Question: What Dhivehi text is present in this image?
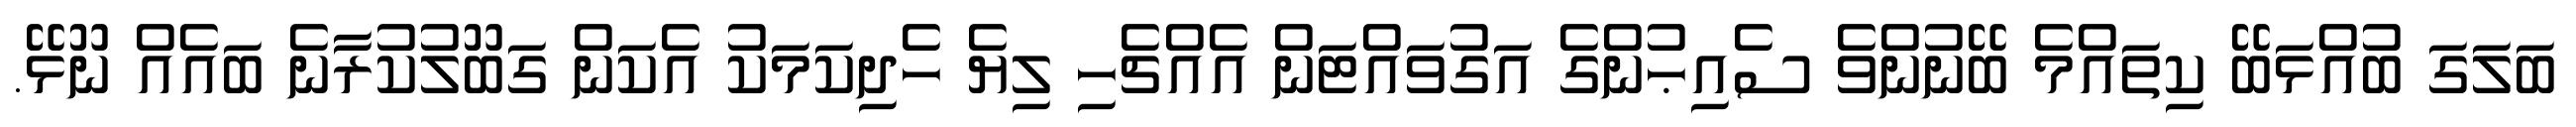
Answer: ބަލަގަ ބުއްޅަބޭ ކިތައްމެ ބޭނުންވެ ސެއިޙުންގެ އަގުވައްޓަން އެއްޗެހި ލިޔެ ހެދިކަމަކު އެކަން ގަބޫލުކުރާނެ ބައެއް ނޫޅޭ.